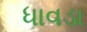
ધાવડા